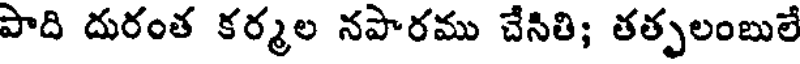
పాది దురంత కర్మల నపారము చేసితి; తతృలంబులే